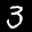
Label: 3